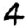
Digit: 4